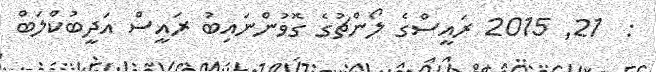
:  21